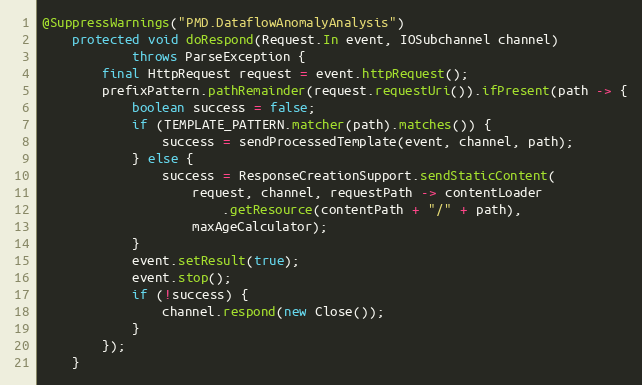
Language: Java
@SuppressWarnings("PMD.DataflowAnomalyAnalysis")
    protected void doRespond(Request.In event, IOSubchannel channel)
            throws ParseException {
        final HttpRequest request = event.httpRequest();
        prefixPattern.pathRemainder(request.requestUri()).ifPresent(path -> {
            boolean success = false;
            if (TEMPLATE_PATTERN.matcher(path).matches()) {
                success = sendProcessedTemplate(event, channel, path);
            } else {
                success = ResponseCreationSupport.sendStaticContent(
                    request, channel, requestPath -> contentLoader
                        .getResource(contentPath + "/" + path),
                    maxAgeCalculator);
            }
            event.setResult(true);
            event.stop();
            if (!success) {
                channel.respond(new Close());
            }
        });
    }